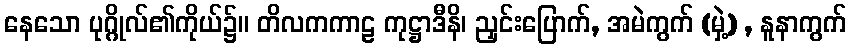
နေသော ပုဂ္ဂိုလ်၏ကိုယ်၌။ တိလကကာဠ ကုဋ္ဌာဒီနိ၊ ညှင်းပြောက်, အမဲကွက် (မှဲ့) , နူနာကွက်